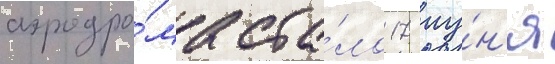
аэродро́ма ста́ло 17 иу́н'я